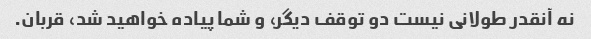
نه آنقدر طولانی نیست دو توقف دیگر، و شما پیاده خواهید شد، قربان.